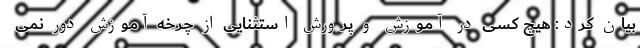
بیان کرد: هیچ کسی در آموزش و پرورش استثنایی از چرخه آموزش دور نمی